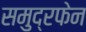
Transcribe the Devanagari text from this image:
समुद्रफेन